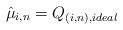
LaTeX: \begin{align*} \hat{\mu}_{i,n} = Q_{(i,n), ideal}\end{align*}